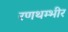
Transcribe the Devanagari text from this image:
रणथम्भीर